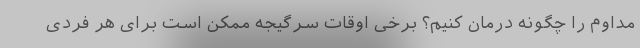
مداوم را چگونه درمان کنیم؟ برخی اوقات سرگیجه ممکن است برای هر فردی